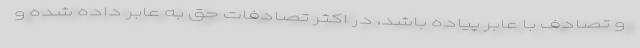
و تصادف با عابر پیاده باشد، در اکثر تصادفات حق به عابر داده شده و